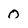
Character: O